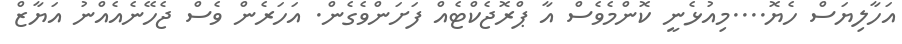
އަހާލިޔަސް ހެޔޮ....މިއުޅެނީ ކޮންމެވެސް އާ ޕްރޮޖެކްޓެއް ފަށަންވެގެން. އަހަރެން ވެސް ޖެހޭނެއެއްނު އަޔާޒް